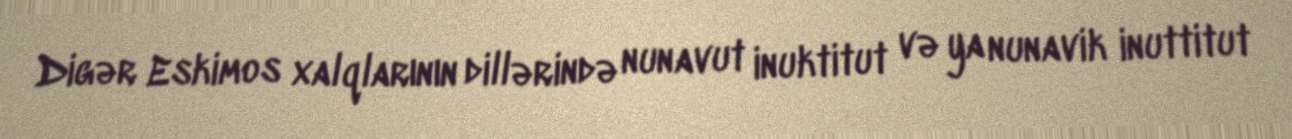
Digər Eskimos xalqlarının dillərində nunavut inuktitut və ya nunavik inuttitut